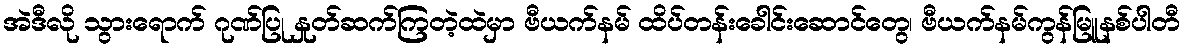
အဲဒီလို သွားရောက် ဂုဏ်ပြု နှုတ်ဆက်ကြတဲ့ထဲမှာ ဗီယက်နမ် ထိပ်တန်းခေါင်းဆောင်တွေ၊ ဗီယက်နမ်ကွန်မြူနစ်ပါတီ